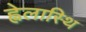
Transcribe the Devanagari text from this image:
ह्वेलास्थि